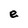
Character: e